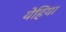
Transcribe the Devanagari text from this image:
येहिया